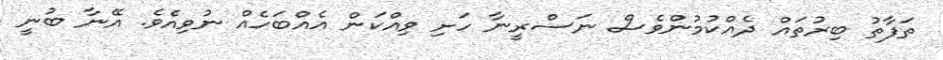
ތަފާތު ބިރުތައް ދެއްކުމުންވެސް ނަސްރީނާ ހަށި ވިއްކަން އެއްބަހެއް ނުވިއެވެ. އޭނާ ބުނީ